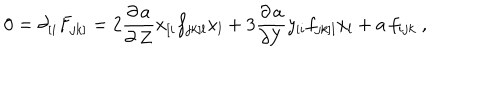
0 = \partial _ { [ i } F _ { j k ] } = 2 \frac { \partial \, a } { \partial \, Z } x _ { [ i } f _ { j k ] l } x _ { l } + 3 \frac { \partial \, a } { \partial Y } y _ { [ i } f _ { j k ] l } x _ { l } + a \, f _ { i j k } \ ,